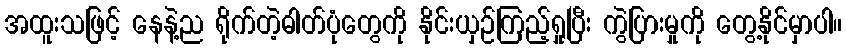
အထူးသဖြင့် နေနဲ့ည ရိုက်တဲ့ဓါတ်ပုံတွေကို နိုင်းယှဉ်ကြည့်ရှုပြီး ကွဲပြားမှုကို တွေ့နိုင်မှာပါ။